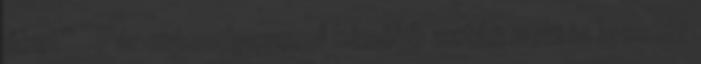
őket” . Pár másodperccel később aztán neki is leesett